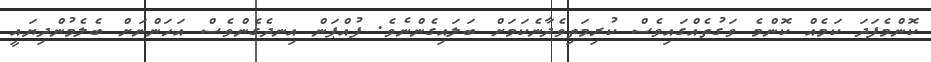
ކޮންމެފަދަ ކަމެއް ކޮންމެ ވަގުތެއްގައިވެސް ކުރިމަތިވެދާނެކަމަށް ބަލައިގެންނެވެ. ފުއްޕަން އިނދެގެންވެސް އަހަންނަށް ބެލެމުންދިޔައީ